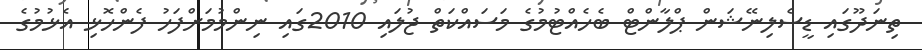
ތިނަދޫގައި ޑީސެލިނޭޝަން ޕްލާންޓް ބެހެއްޓުމުގެ މަސައްކަތް ޖުލައި 2010ގައި ނިންމުމަށްފަހު ފެންހޮޅި އެޅުމުގެ